Report on vaccination in the Province of Bengal - 1869-1873
Year: 1869
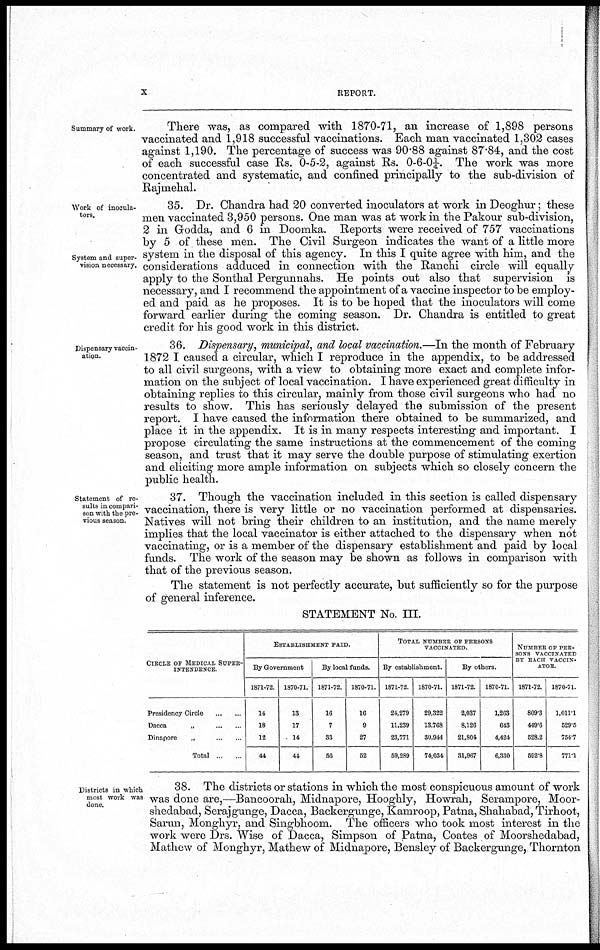
x
REPORT.
Summary of work.
There was, as compared with. 1870-71, an increase of 1,898 persons
vaccinated and 1,918 successful vaccinations. Each man vaccinated 1,302 cases
against 1,190. The percentage of success was 90.88 against 87.84, and the cost
of each successful case Rs. 0-5-2, against Rs. 0-6-0¼. The work was more
concentrated and systematic, and confined principally to the sub-division of
Rajmehal.
Work of inocula¬
tors.
System and super¬
vision necessary.
35. Dr. Chandra had 20 converted inoculators at work in Deoghur; these
men vaccinated 3,950 persons. One man was at work in the Pakour sub-division,
2 in Godda, and 6 in Doomka. Reports were received of 757 vaccinations
by 5 of these men. The Civil Surgeon indicates the want of a little more
system in the disposal of this agency. In this I quite agree with him, and the
considerations adduced in connection with the Ranchi circle will equally
apply to the Sonthal Pergunnahs. He points out also that supervision is
necessary, and I recommend the appointment of a vaccine inspector to be employ-
ed and paid as he proposes. It is to be hoped that the inoculators will come
forward earlier during the coming season. Dr. Chandra is entitled to great
credit for his good work in this district.
Dispensary vaccin-
ation.
36. Dispensary, municipal, and local vaccination.—In the month of February
1872 I caused a circular, which I reproduce in the appendix, to be addressed
to all civil surgeons, with a view to obtaining more exact and complete infor-
mation on the subject of local vaccination. I have experienced great difficulty in
obtaining replies to this circular, mainly from those civil surgeons who had no
results to show. This has seriously delayed the submission of the present
report. I have caused the information there obtained to be summarized, and
place it in the appendix. It is in many respects interesting and important. I
propose circulating the same instructions at the commencement of the coming
season, and trust that it may serve the double purpose of stimulating exertion
and eliciting more ample information on subjects which so closely concern the
public health.
Statement of re¬
sults in compari-
son with the pre-
vious season.
37. Though the vaccination included in this section is called dispensary
vaccination, there is very little or no vaccination performed at dispensaries.
Natives will not bring their children to an institution, and the name merely
implies that the local vaccinator is either attached to the dispensary when not
vaccinating, or is a member of the dispensary establishment and paid by local
funds. The work of the season may be shown as follows in comparison with
that of the previous season.
The statement is not perfectly accurate, but sufficiently so for the purpose
of general inference.
STATEMENT No. III.
CIRCLE OF MEDICAL SUPER¬
-----------
Presidency Circle ... ...
Dacca
„
...
...
Dinapore
„
...
...
Total ... ...
ESTABLISHMENT PAID.
By Government
1871-72.
14
18
12
44
1870-71.
13
17
14
44
By local funds.
1871-72.
16
7
33
56
1870-71.
16
9
27
52
TOTAL NUMBER OF PERSONS
VACCINATED.
By establishment.
1871-72.
24,279
11,239
23,771
59,289
1870-71.
29,322
13,768
30,944
74,034
By others.
1871-72.
2,037
8,126
21,804
31,967
1870-71.
1,263
643
4,424
6,330
NUMBER OF PER¬
---- VACCINATED
BY EACH VACCIN¬
-----
1871-72.
809.3
449.6
528.2
592.8
1870-71.
1,011.1
529.5
754.7
771.1
Districts in which
most work was
done.
38. The districts or stations in which the most conspicuous amount of work
was done are,—Bancoorah, Midnapore, Hooghly, Howrah, Serampore, Moor¬
shedabad, Serajgunge, Dacca, Backergunge, Kamroop, Patna, Shahabad, Tirhoot,
Sarun, Monghyr, and Singbhoom. The officers who took most interest in the
work were Drs. Wise of Dacca, Simpson of Patna, Coates of Moorshedabad,
Mathew of Monghyr, Mathew of Midnapore, Bensley of Backergunge, Thornton